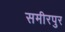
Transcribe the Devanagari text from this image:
समीरपुर